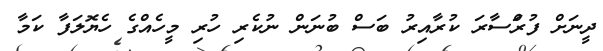
ދީނަށް ފުރަްްސާރަ ކުރާއިރު ބަސް ބުނަން ނުކެރި ހުރި މީހެއްގެ ހެޔޮލަފާ ކަމާ